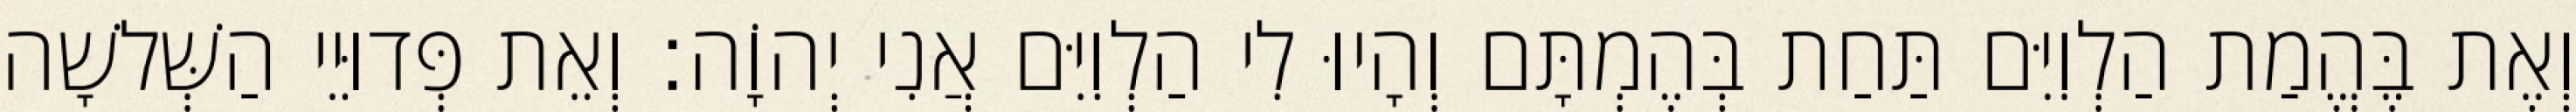
וְאֶת בֶּהֱמַת הַלְוִיִּם תַּחַת בְּהֶמְתָּם וְהָיוּ לִי הַלְוִיִּם אֲנִי יְהוָֹה׃ וְאֵת פְּדוּיֵי הַשְּׁלשָׁה